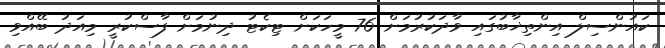
ކައުންސިލް އިންތިޚާބުގައި ވާދަކުރުމަށް 76 މީހަކަށް ޓިކެޓު ދިނުމަށް ފާސްކުރީ މިއަދު ބޭއްވި